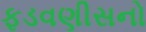
ફડવણીસનો